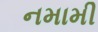
નમામી